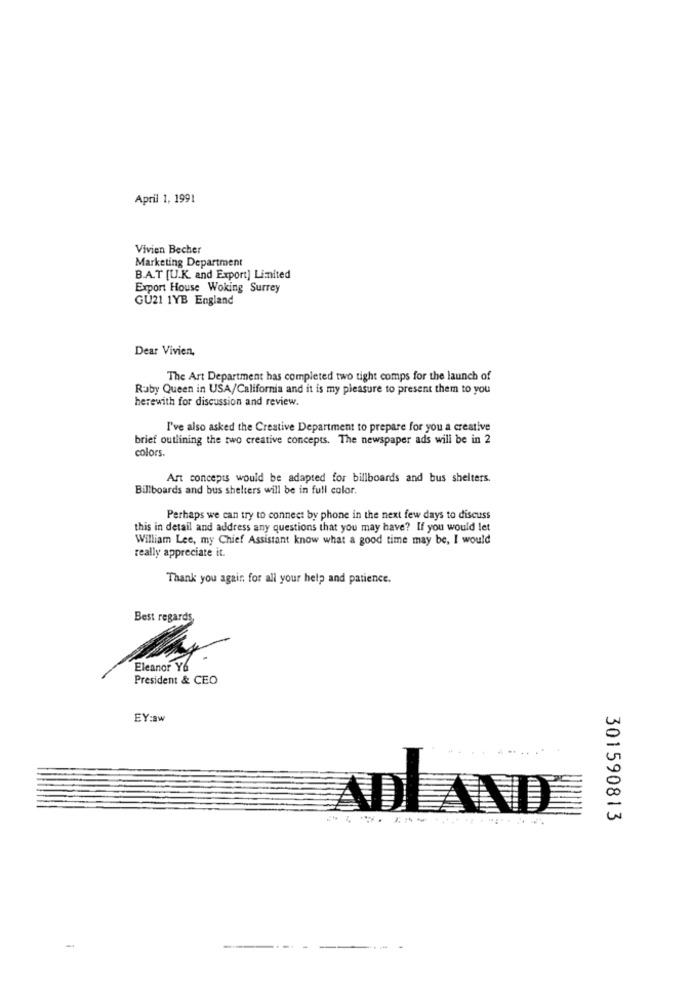
April 1, 1991
Vivien Becher
Marketing Department
B.A.T [U.K. and Export] Limited
Export House Woking Surrey
GU21 1YB England
Dear Vivien,
The Art Department has completed two tight comps for the launch of
Ruby Queen in USA/California and it is my pleasure to present them to you
herewith for discussion and review.
I've also asked the Creative Department to prepare for you a creative
brief outlining the two creative concepts. The newspaper ads will be in 2
colors.
Art concepts would be adapted for billboards and bus shelters.
Billboards and bus shelters will be in full color.
Perhaps we can try to connect by phone in the next few days to discuss
this in detail and address any questions that you may have? If you would let
William Lee, my Chief Assistant know what a good time may be, I would
really appreciate it.
Thank you again for all your help and patience.
Best regards
President & CEO
EY:3w
ADLAND
301590813
-